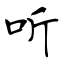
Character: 听